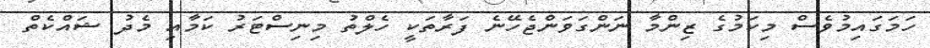
ހަމަގައިމުވެސް މިކަމުގެ ޒިންމާ ނަންގަވަންޖެހޭނެ ފަރާތަކީ ހެލްތު މިނިސްޓަރު ކަމާއި މެދު ޝައްކެތް